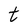
Character: t